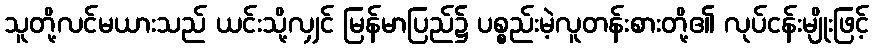
သူတို့လင်မယားသည် ယင်းသို့လျှင် မြန်မာပြည်၌ ပစ္စည်းမဲ့လူတန်းစားတို့၏ လုပ်ငန်းမျိုးဖြင့်